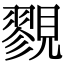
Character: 𧢋